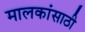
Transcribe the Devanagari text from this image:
मालकांसाठी